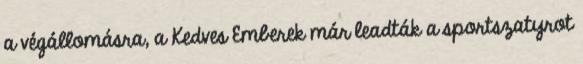
a végállomásra, a Kedves Emberek már leadták a sportszatyrot